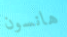
هانسون